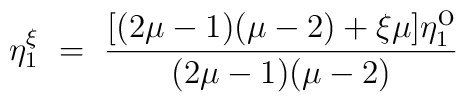
\eta^\xi_1 ~=~ \frac{[(2\mu-1)(\mu-2)+\xi\mu]\eta^{\mbox{o}}_1}{(2\mu-1)(\mu-2)}